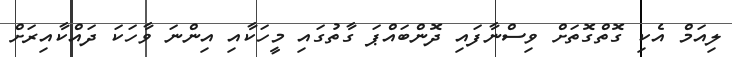
ލިއަމް އެކި ގޮތްގޮތަށް ވިސްނާފައި ދޮންބައްޕަ ގާތުގައި މީހަކާއި އިންނަ ވާހަކަ ދައްކާއިރަށް